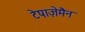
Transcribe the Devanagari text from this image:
टेपाज़ेमैन